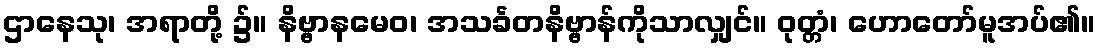
ဌာနေသု၊ အရာတို့ ၌။ နိဗ္ဗာနမေဝ၊ အသင်္ခတနိဗ္ဗာန်ကိုသာလျှင်။ ဝုတ္တံ၊ ဟောတော်မူအပ်၏။